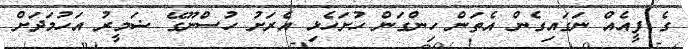
ގެ ފީއެއް ނަގައިގެން އެތަން ހިންގަން ހުށަހެޅި އެރަށު ހުސްނޫގޭ ޟަމީރު އަހުމަދަށް